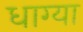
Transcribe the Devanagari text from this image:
धाग्या